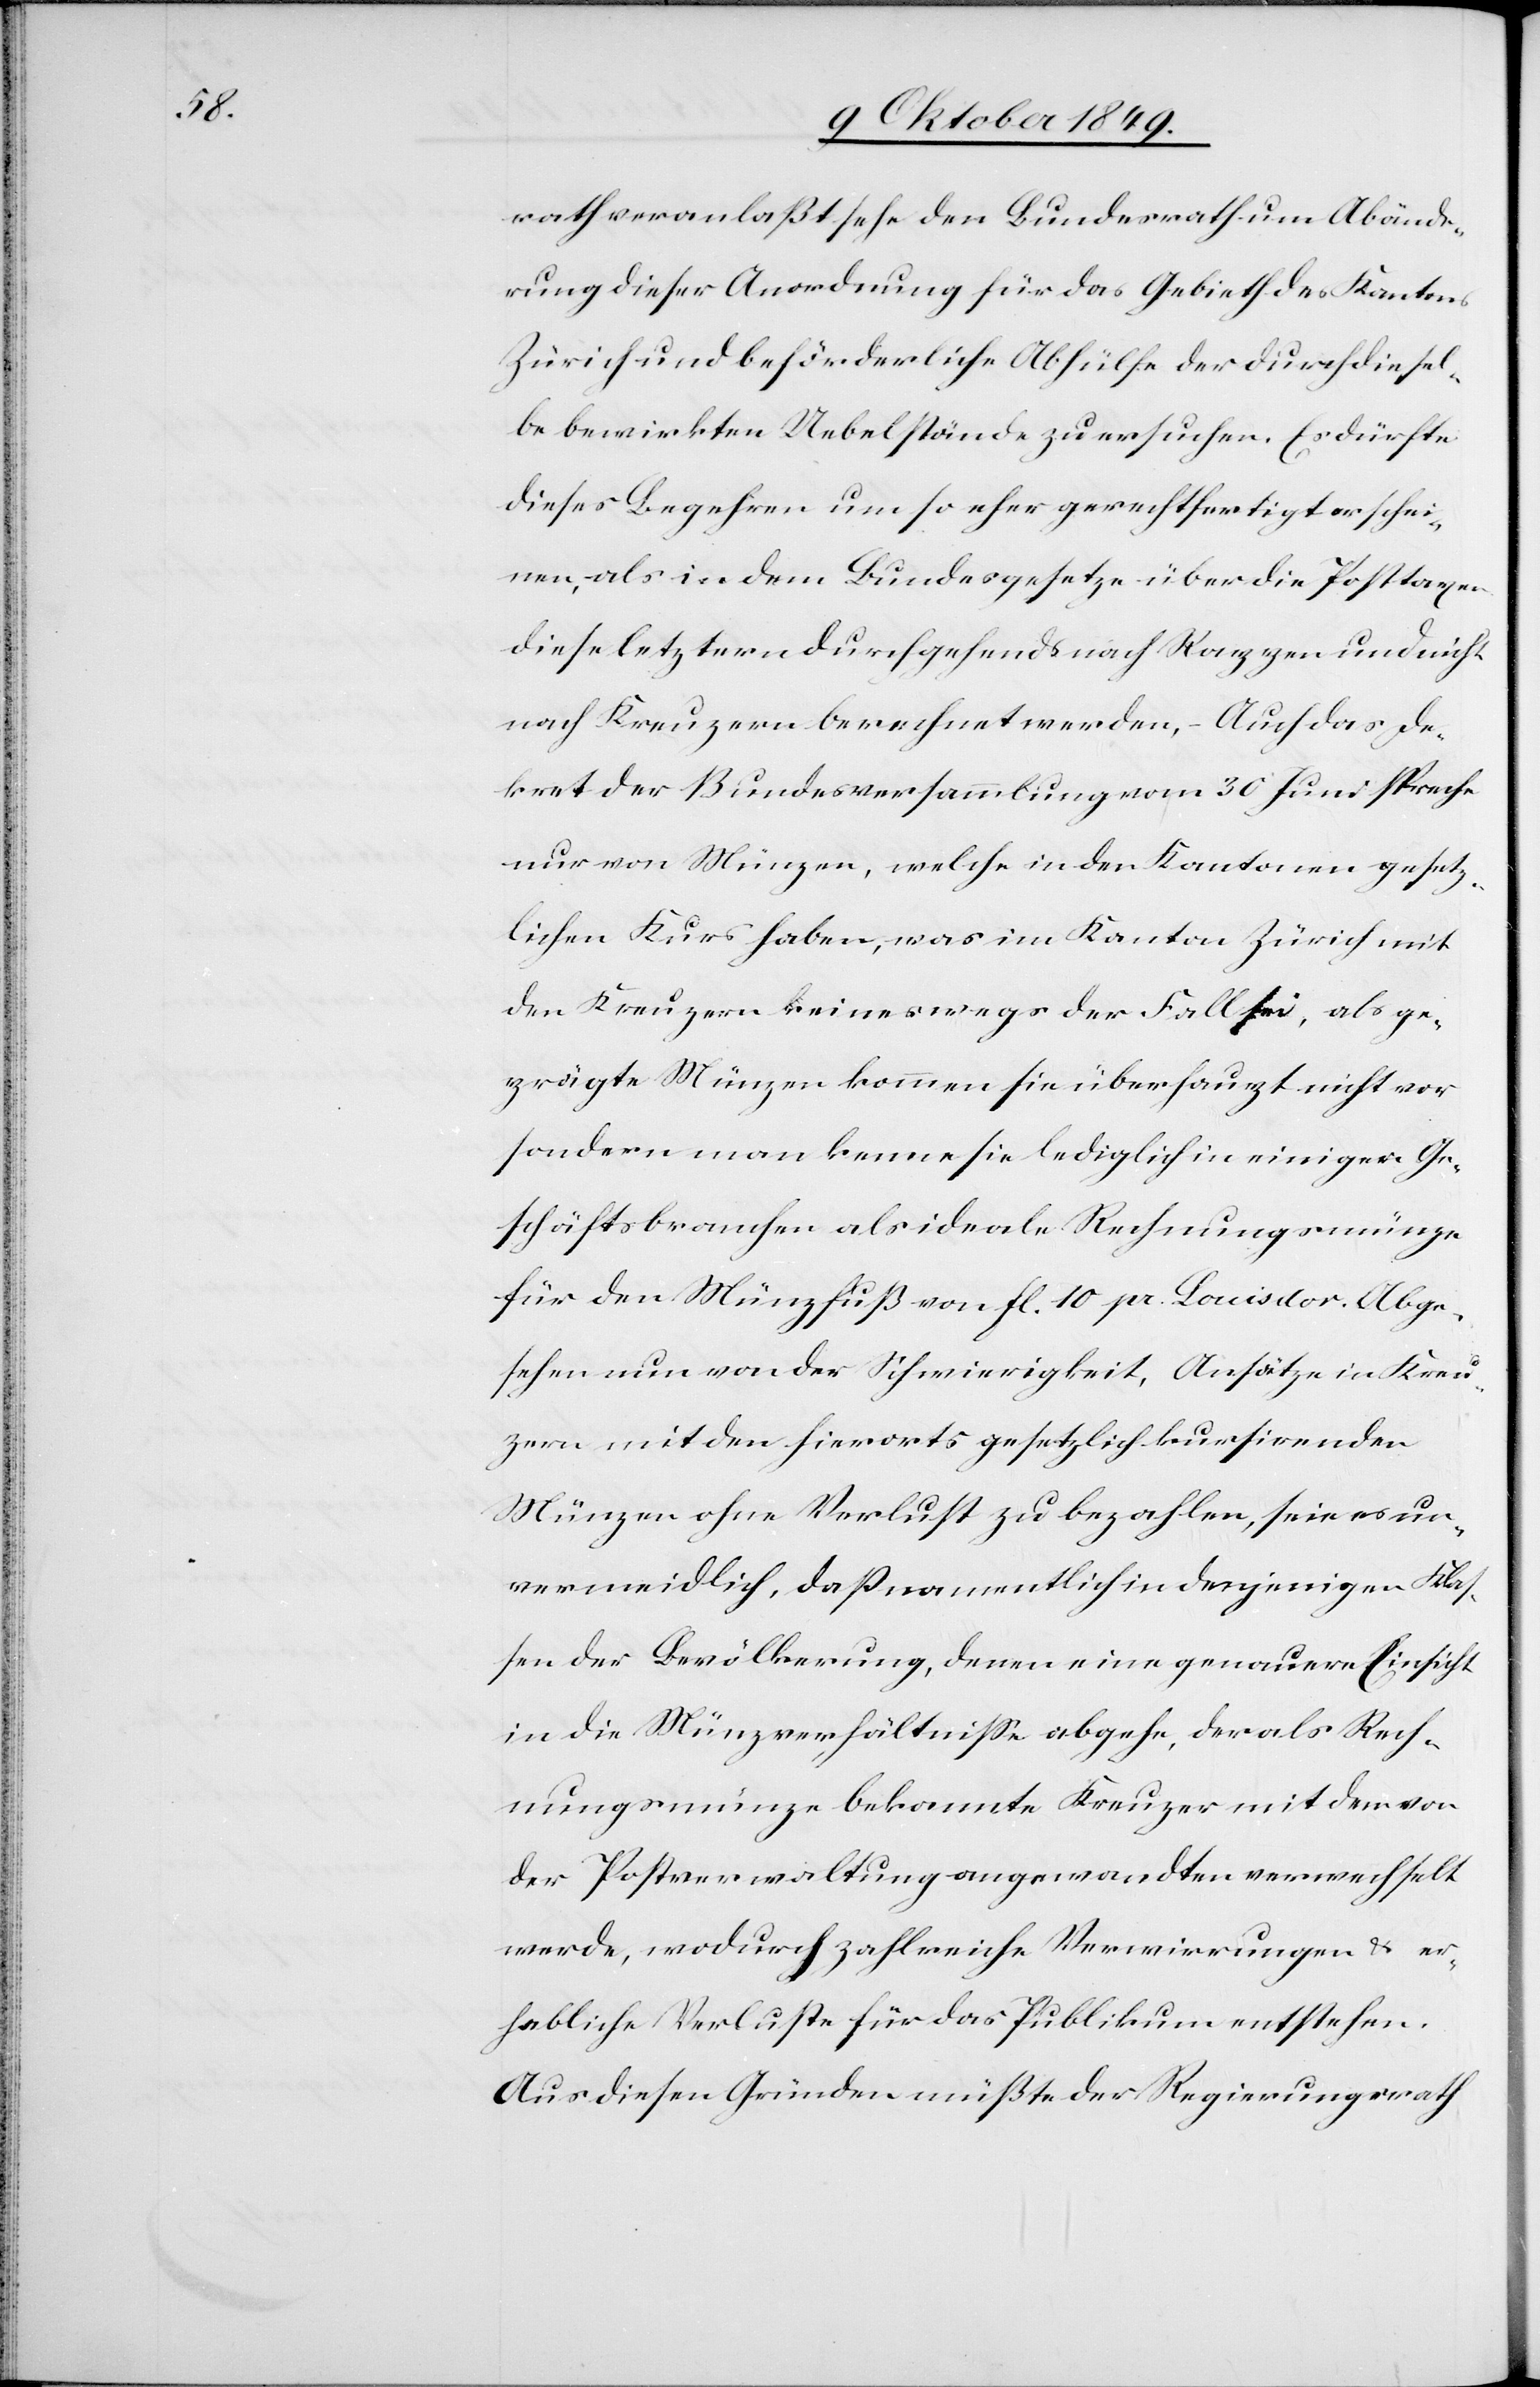
rath veranlaßt sehe den Bundesrath um Abände¬
rung dieser Anordnung für das Gebieth des Kantons
Zürich und beförderliche Abhülfe der durch diesel¬
ben bewirkten Uebelstände zu ersuchen. Es dürfte
dieses Begehren um so eher gerechtfertigt erschei¬
nen, als in dem Bundesgesetze über die Posttaxen
diese letztern durchgehend nach Rappen und nicht
nach Kreuzern berechnet werden, – Auch das De¬
kret der Bundesversammlung vom 30 Juni spreche
nur von Münzen, welche in den Kantonen gesetz¬
lichen Kurs haben, was im Kanton Zürich mit
den Kreuzern keineswegs der Fall sei, als ge¬
prägte Münzen kommen sie überhaupt nicht vor
sondern man kenne sie lediglich in einigen Ge¬
schäftsbranchen als ideale Rechnungsmünzen
für den Münzfuß von fl. 10 pr. Louisdor. Abge¬
sehen nun von der Schwierigkeit, Ansätze in Kreu¬
zern mit den hierorts gesetzlich kursirenden
Münzen ohne Verlust zu bezahlen, seie es un¬
verbindlich, daß namentlich in denjenigen Klas¬
sen der Bevölkerung, denen eine genauere Einsicht
in die Münzverhältniße abgehe, der als Rech¬
nungsmünze bekannte Kreuzer mit dem von
der Postverwaltung angewandten verwechselt
werde, wodurch zahlreiche Verwirrungen u. er¬
hebliche Verluste für das Publikum entstehen.
Aus diesen Gründen müßte der Regierungsrath